Kominterni_Eesti_sektsioon_Moskvas, lk 19
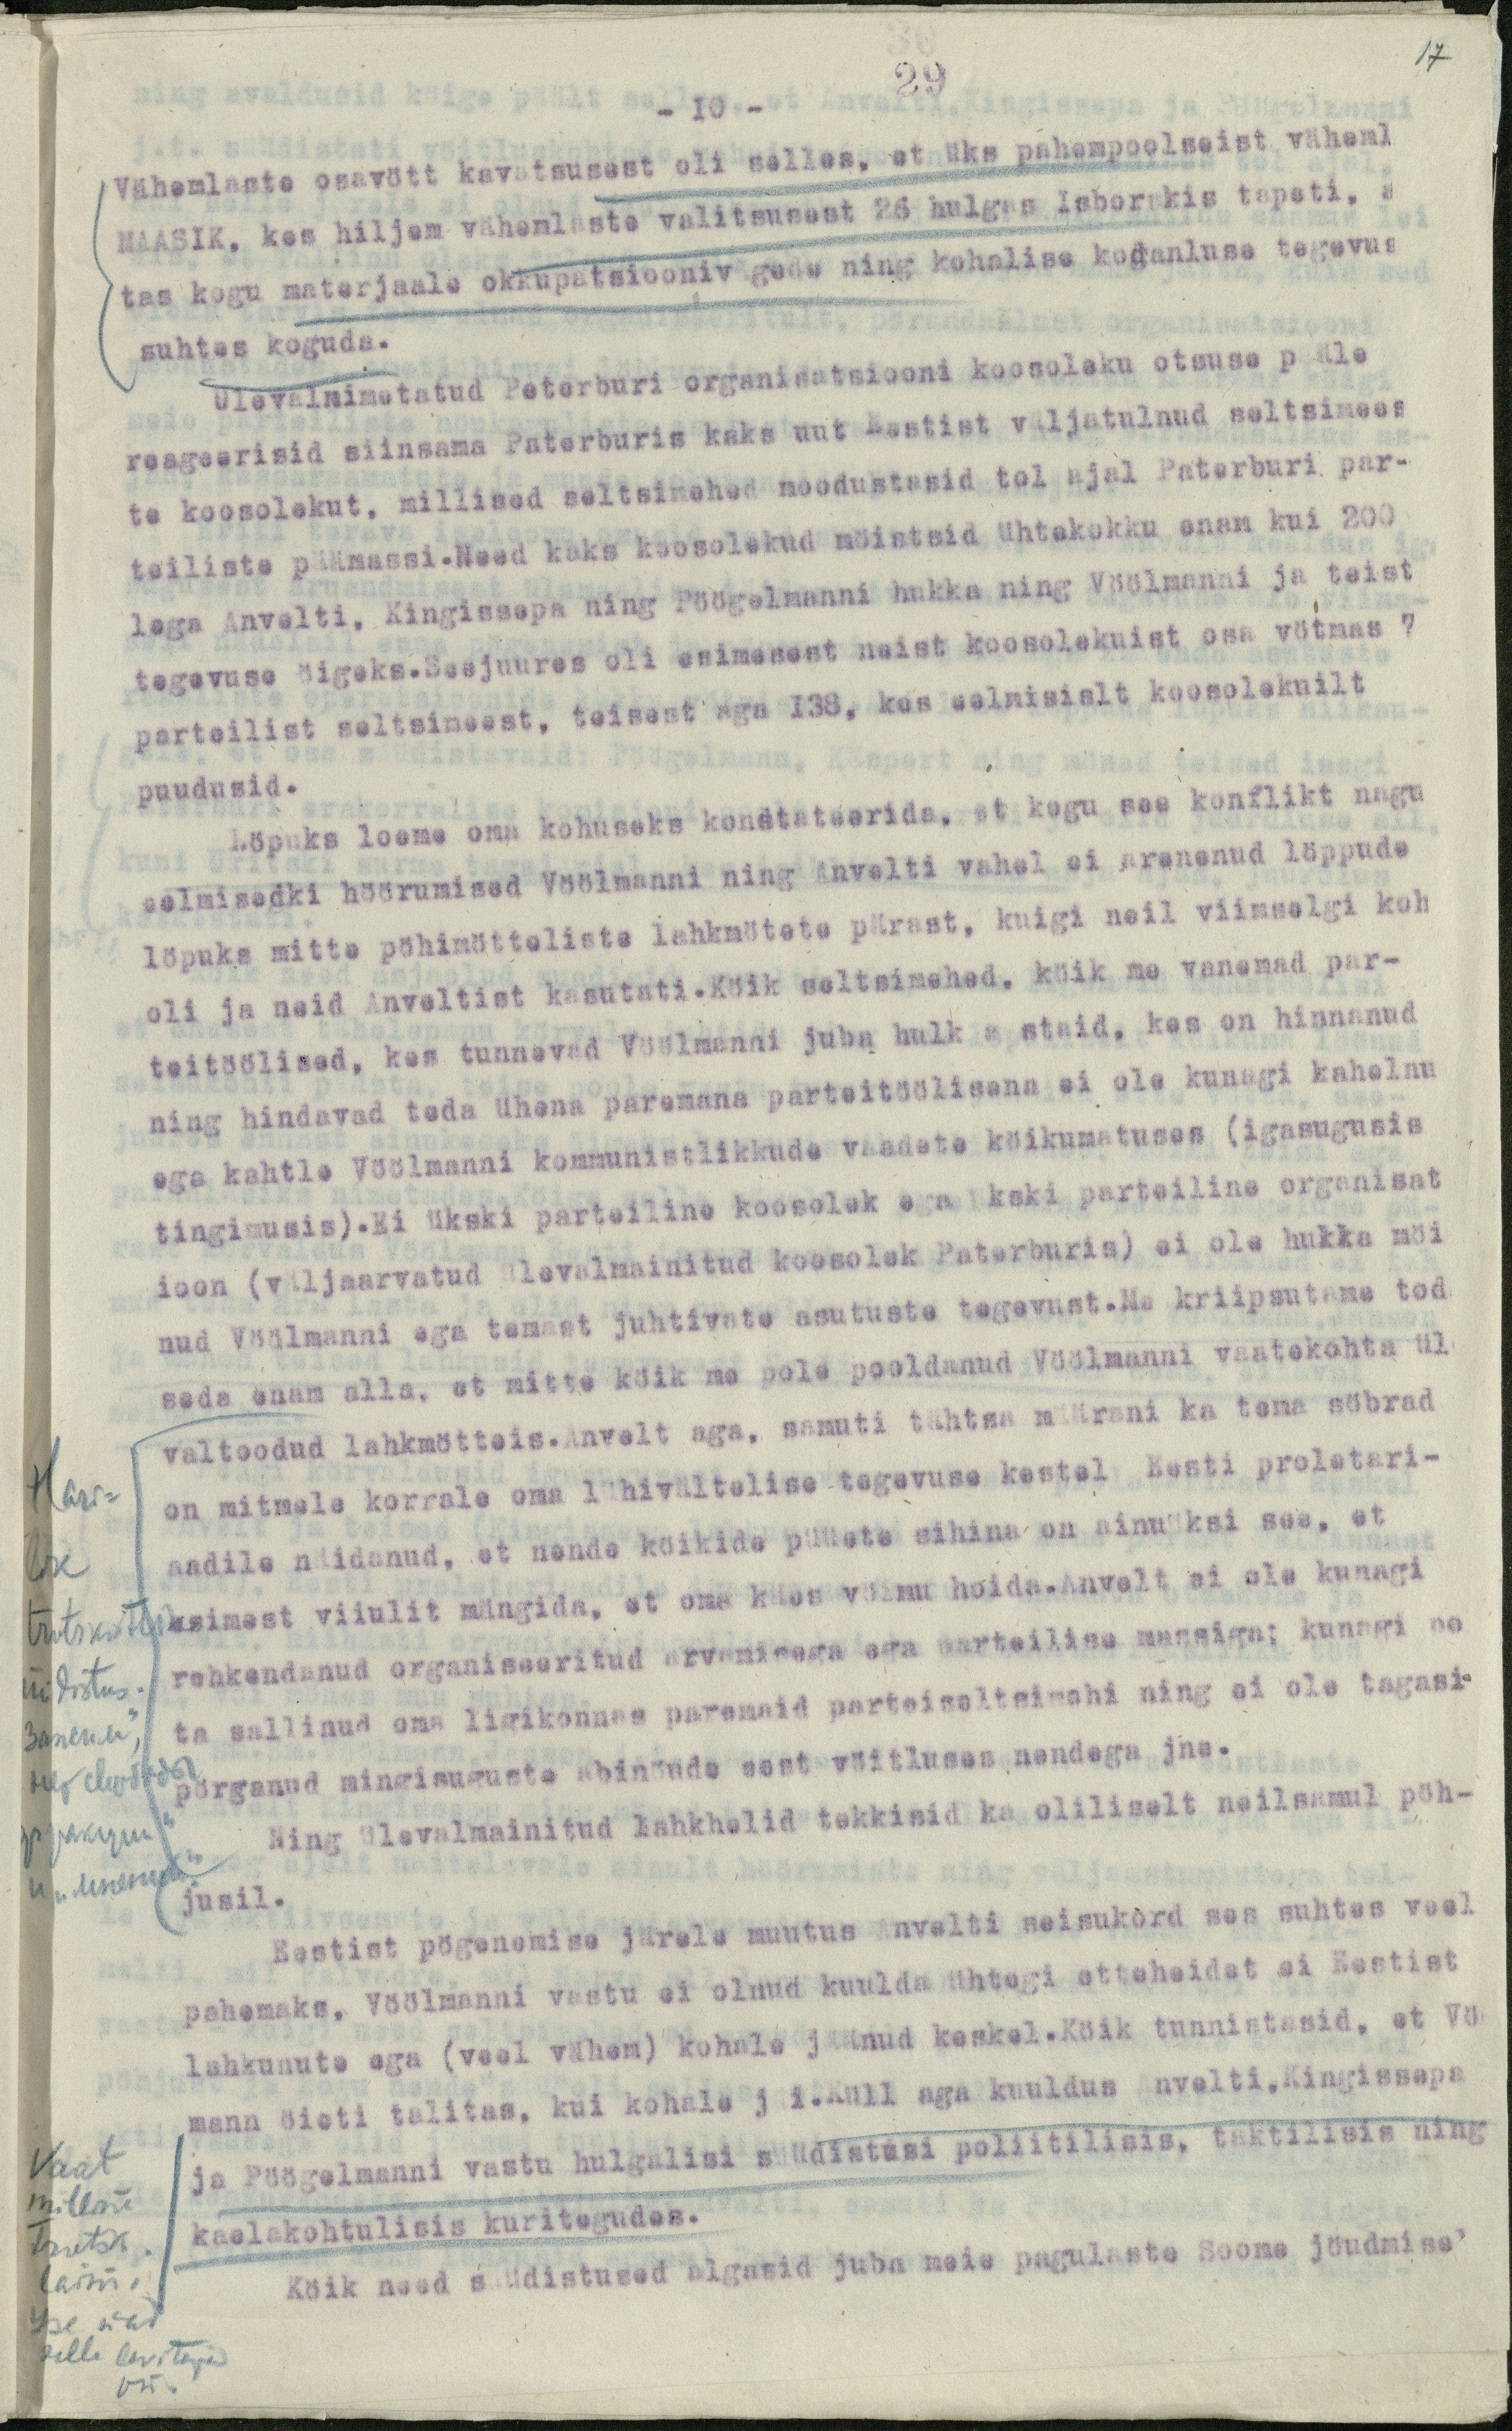
17
- 10 -
29
Vähemlaste osavött kavatsusest oli selles, et üks pahempoolseist väheml
MAASIK, kes hiljem vähemlaste valitsusest 26 hulgas Isborskis tapeti, a
tas kogu materjaale okkupatsioonivägede ning kohalise kodanluse tegevus
suhtes koguda.
Ulevalnimetatud Peterburi organisatsiooni koosoleku otsuse pääle
reageerisid siinsama Peterburis kaks uut Eestist väljatulnud seltsimees
te koosolekut, millised seltsimehed moodustasid tol ajal Peterburi par-
teiliste päämassi.Need kaks koosolekud möistsid ühtekokku enam kui 200
lega Anvelti, Kingissepa ning Pöögelmanni hukka ning Vöölmanni ja teist
tegevuse öigeks.Seejuures oli esimesest neist koosolekuist osa võtmas 7
parteilist seltsimeest, teisest aga 138, kes eelmisislt koosolekuilt
puudusid.
Löpuks loeme oma kohuseks konstateerida, et kogu see konflikt nagu
eelmisedki höörumised Vöölmanni ning Anvelti vahel ei arenenud löppude
löpuks mitte pöhimötteliste lahkmötete pärast, kuigi neil viimselgi koh
oli ja neid Anveltist kasutati. Köik seltsimehed, köik me vanemad par-
teitöölised, kes tunnevad Vöölmanni juba hulk aastaid, kes on hinnanud
ning hindavad teda ühena paremana parteitöölisena ei ole kunagi kahelnu
ega kahtle Vöölmanni kommunistlikkude vaadete köikumatuses (igasugusis
tingimusis). Ei ükski parteiline koosolek ega ükski parteiline organisat
ioon (väljaarvatud ülevalmainitud koosolek Peterburis) ei ole hukka möi
nud Vöölmanni ega temast juhtivate asutuste tegevust.Me kriipsutame ted
seda enam alla, et mitte köik me pole pooldanud Vöölmanni vaatekohta üle
valtoodud lahkmötteis.Anvelt aga, samuti tähtsa määrani ka tema söbrad
on mitmele korrale oma lühivältelise tegevuse kestel Eesti proletari-
aadile näidanud, et nende köikide püüete sihina on ainuüksi see, et
esimest viiulit mängida, et oma käes vöimu hoida.Anvelt ei ole kunagi
rehkendanud organiseeritud arvamisega ega parteilise massiga; kunagi po
ta sallinud oma ligikonnas paremaid parteiseltsimehi ning ei ole tagasi-
pörganud mingisuguste abinöude eest vöitluses nendega jne.
Ning ülevalmainitud lahkhelid tekkisid ka oliliselt neilsamul pöh-
jusil.
Eestist pögenemise järele muutus Anvelti seisukord sees suhtes veel
pahemaks. Vöölmanni vastu ei olnud kuulda ühtegi etteheidet ei Eestist
lahkunute ega (veel vähem) kohale jäänud keskel.Köik tunnistasid, et Vö
mann öieti talitas, kui kohale jäi.Küll aga kuuldus Anvelti,Kingissepa
ja Pöögelmanni vastu hulgalisi süüdistusi poliitilisis, taktilisis ning
kaelakohtulisis kuritegudes.
Köik need süüdistused algasid juba meie pagulaste Soome jöudmise